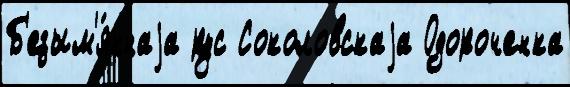
Б'езым'я́ннаjа рус Соколовскаjа Одороченка